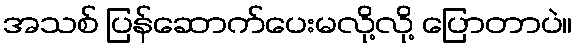
အသစ် ပြန်ဆောက်ပေးမလို့လို့ ပြောတာပဲ။